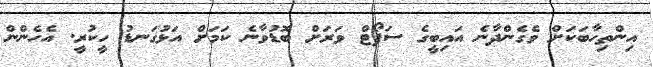
އިންތިހާބަކަށް ވެގެންދާނެ އައިބީގެ ސަޕޯޓް ވަރަށް ބޮޑުވާނެ ކަމަށް އަޅުގަނޑު ހީކުރީ. އެހެންން